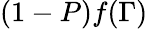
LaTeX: (1-P)f(\Gamma)